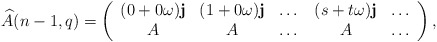
\begin{align*}\widehat{A}(n-1,q) = \left(\begin{array}{ccccc} (0 + 0\omega)\mathbf{j} & (1 + 0\omega) \mathbf{j} & \dotsc & (s+t \omega)\mathbf{j} & \dotsc \\ A & A & \dotsc & A & \dotsc \\\end{array}\right), \end{align*}